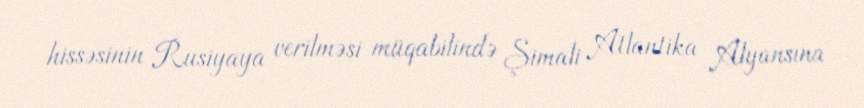
hissəsinin Rusiyaya verilməsi müqabilində Şimali Atlantika Alyansına